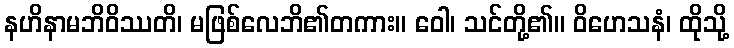
နဟိနာမဘိဝိဿတိ၊ မဖြစ်လေဘိ၏တကား။ ဝေါ၊ သင်တို့၏။ ဝိဟေသနံ၊ ထိုသို့